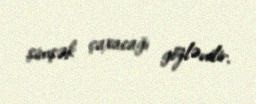
şimşək çaxacağı gözlənilir.